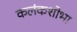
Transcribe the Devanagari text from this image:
कलंकशोभा